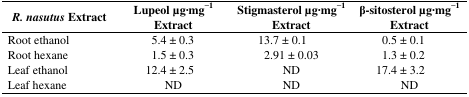
| R. nasutus Extract | Lupeol μg·mg−1 Extract | Stigmasterol μg·mg−1 Extract | β-sitosterol μg·mg−1 Extract |
 | --- | --- | --- | --- |
 | Root ethanol | 5.4 ± 0.3 | 13.7 ± 0.1 | 0.5 ± 0.1 |
 | Root hexane | 1.5 ± 0.3 | 2.91 ± 0.03 | 1.3 ± 0.2 |
 | Leaf ethanol | 12.4 ± 2.5 | ND | 17.4 ± 3.2 |
 | Leaf hexane | ND | ND | ND |